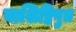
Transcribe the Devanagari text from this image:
वाशिष्टिपुत्र